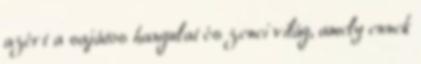
azért a sajátos hangulat és zenei világ, amely ennek